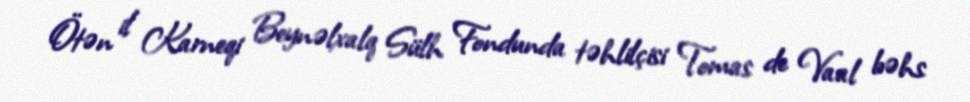
Ötən il Karneqi Beynəlxalq Sülh Fondunda təhlilçisi Tomas de Vaal bəhs